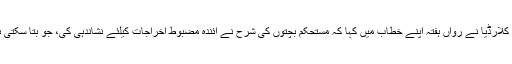
فیڈرل ریزرو کے نئے نائب چیئرمین رچرڈ کلارڈیا نے رواں ہفتہ اپنے خطاب میں کہا کہ مستحکم بچتوں کی شرح نے آئندہ مضبوط اخراجات کیلئے نشاندہی کی، جو بتا سکتی ہے کہ بحالی ناکامی کے دہانے پر نہیں ہے۔